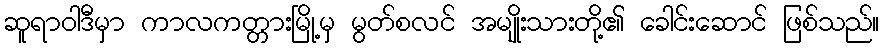
ဆူရာဝါဒီမှာ ကာလကတ္တားမြို့မှ မွတ်စလင် အမျိုးသားတို့၏ ခေါင်းဆောင် ဖြစ်သည်။